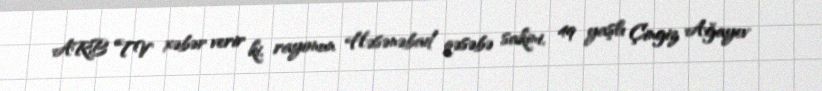
ARB TV xəbər verir ki, rayonun Həsənəbad qəsəbə sakini, 49 yaşlı Çingiz Ağayev